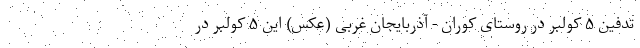
تدفین ۵ کولبر در روستای کوران - آذربایجان غربی (عکس) این ۵ کولبر در